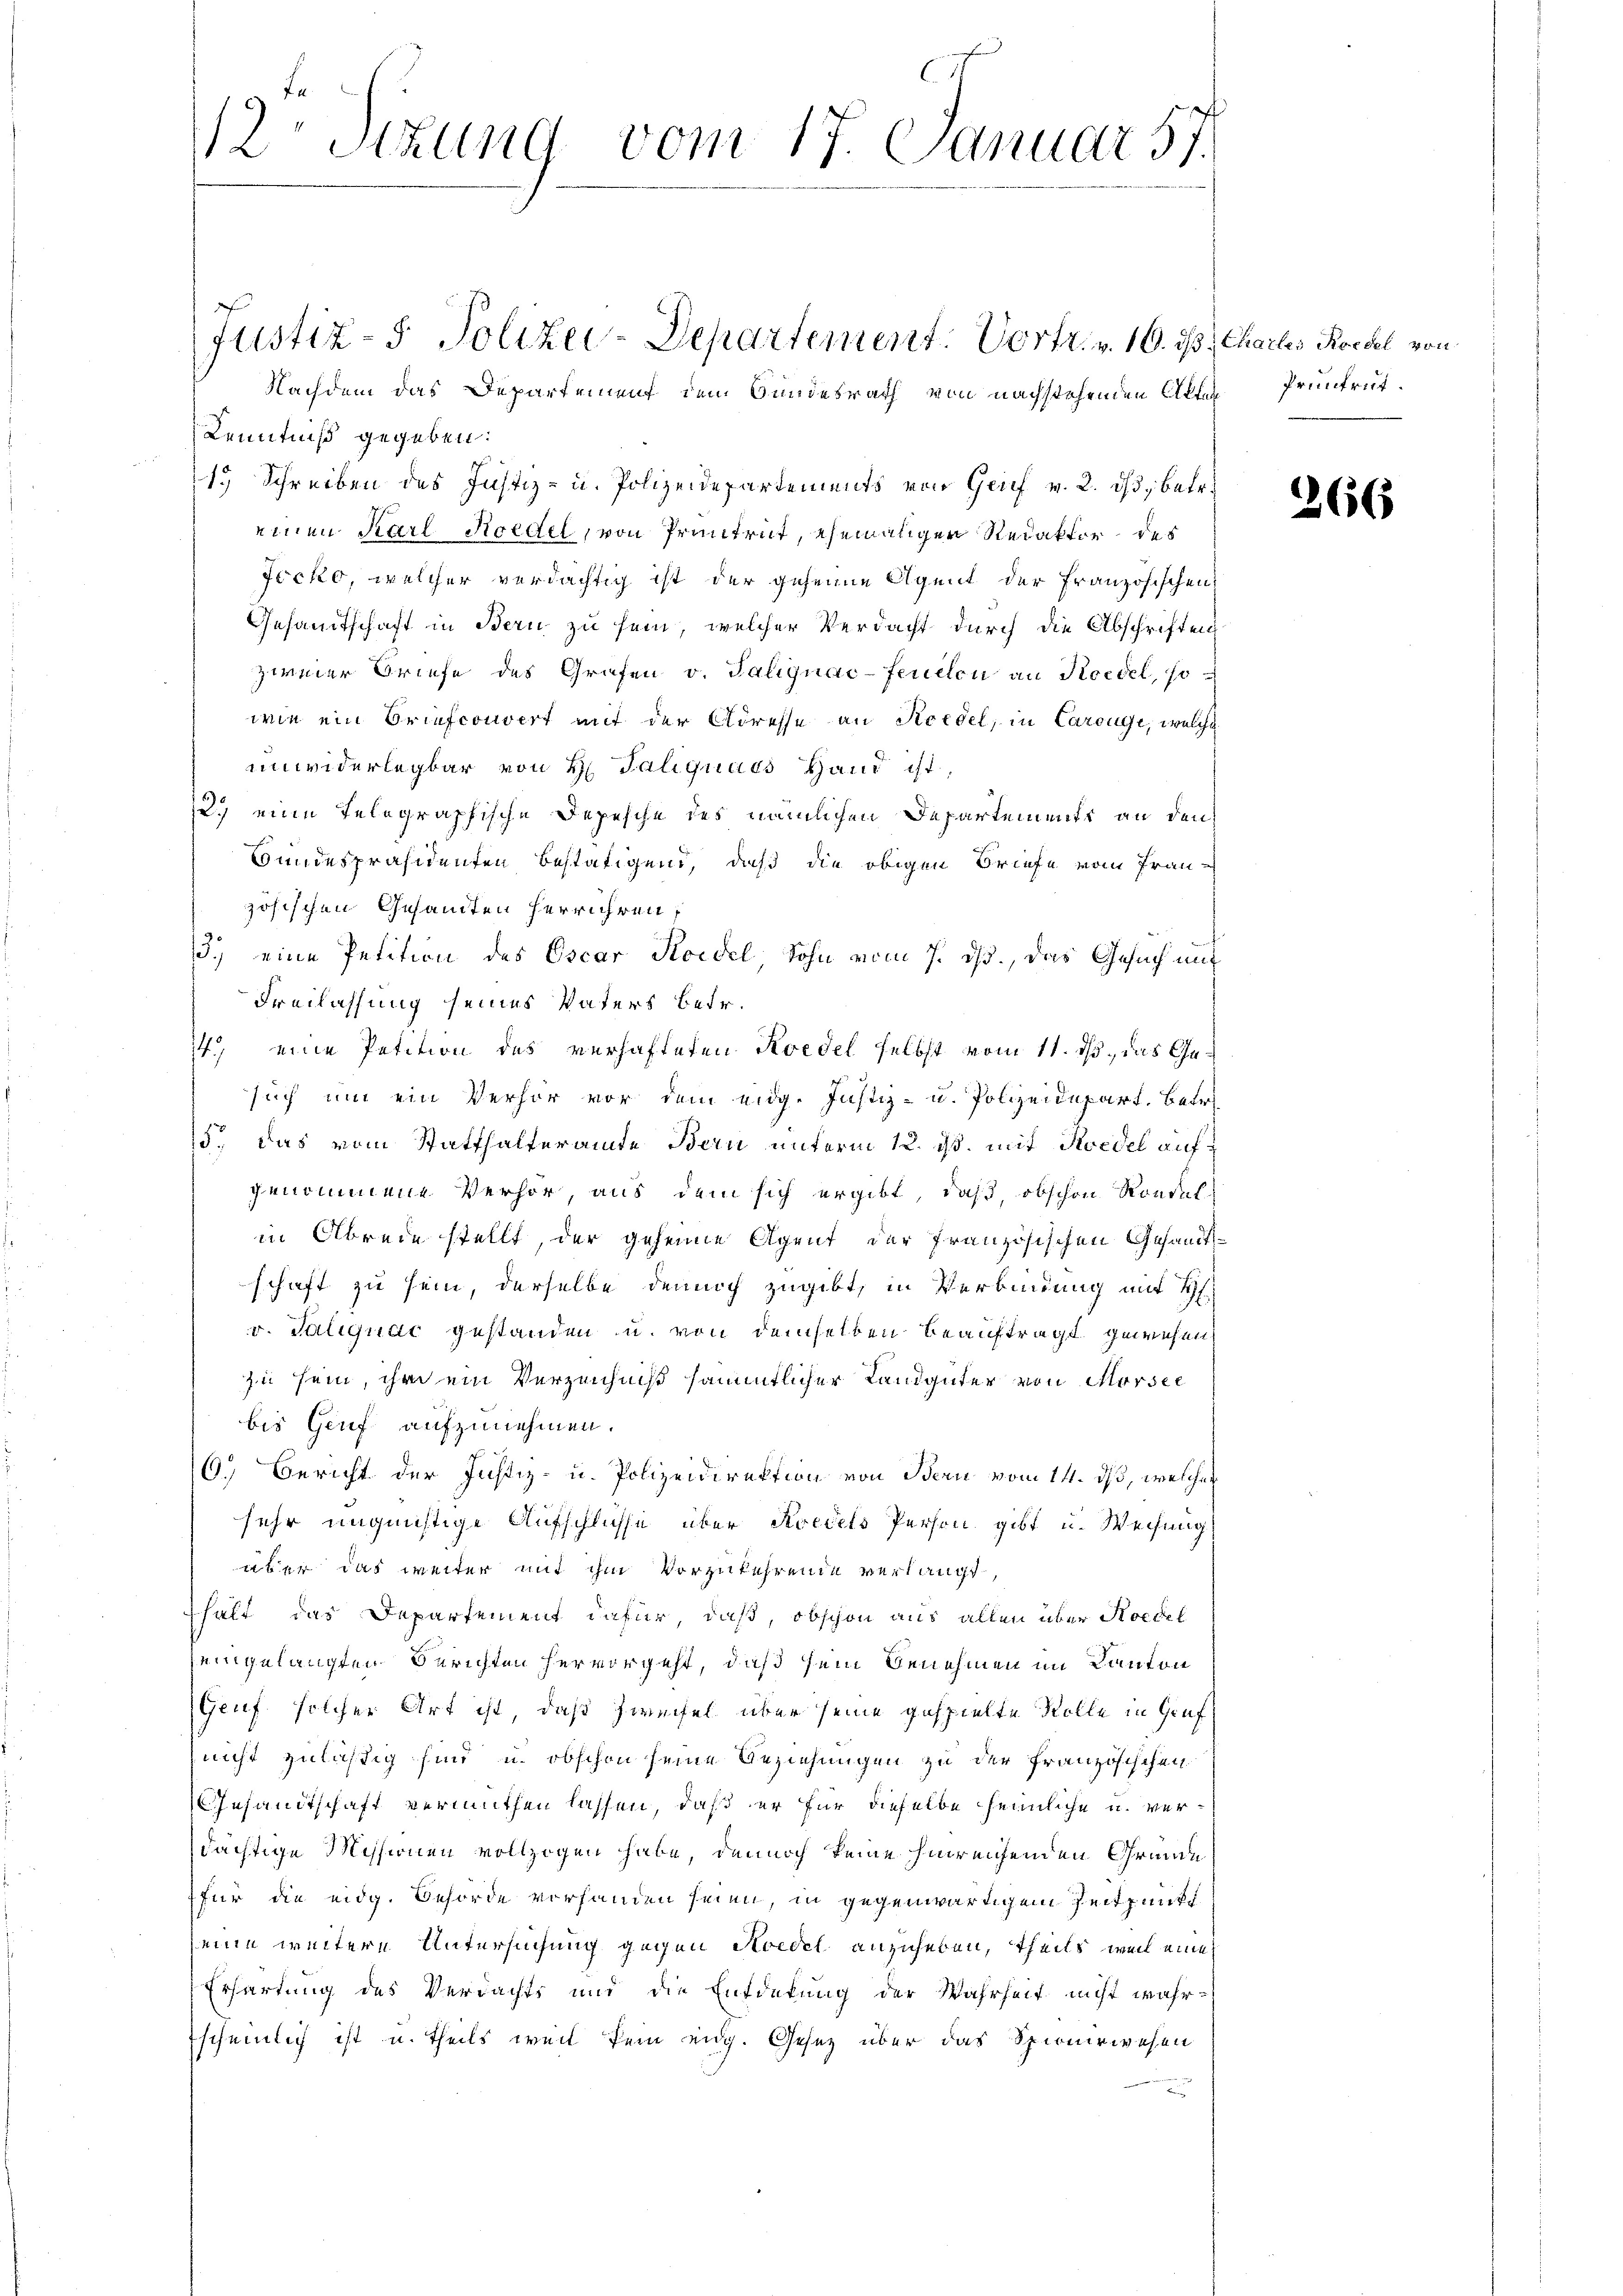
12 Stzung vom 17. Januar 57.

Kenntniß gegeben:
1.) Schreiben des Justiz- u. Polizeidepartements von Genf v. 2. ds, betr.
einen Karl Koedel, von Pruntrut, ehemaliger Redaktor des
Jöcko, welcher verdächtig ist der geheime Agent der Französischen
Gesandtschaft in Bern zu sein, welcher Verdacht durch die Abschriften
ziner Briefe des Grafen v. Talignac-fenclon an Koedel, so
wie ein Briefconvert mit der Adresse an Recedel, in Carouge, welche
unwiderlegbar von H. Taliquars Hand ist,
2.) eine Telegraphische Depesche des nämlichen Departements an den
Bundespräsidenten bestätigend, daß die obigen Briefe vom Französischen Gesamten herrühren,
3.) eine Petition des Oscar Koidel Sohn vom 7. ds., das Gesuch mit
Freilassung seines Vaters betr.
74 eine Petition des verhafteten Koedel selbst vom 11. ds., das Gesuch um ein Verhör vor dem eidg. Justiz- u. Polizeidepart. Betr.
15. Das vom Statthalteramte Bern unterm 12. ds. mit Koedel aufgenommene Verhör, aus dem sich ergibt, daß, obschon Rondelin Abrede stellt, der geheime Agent der Französischen Gesandtschaft zu sein, derselbe demich zugibt, in Verbindung mit 4
v. Taliquac gestanden u. von demselben beauftragt gewesen
zu sein, ihr ein Verzeichniß sämmtlicher Landgüter von Morsee
bis Genf aufzunehmen.
6.) Bericht der Justiz- u. Polizeidirektion von Bern vom 14. ds, welcher
sehr ungünstige Aufschlüsse über Kredels Person gibt u. Weisung
aber das weiter mit ihm vorzukehrende verlangt,
hält das Departement dafür, daß, obschon aus allen über Hoedel
seingelangten Berichten hervorgeht, daß sein Benehmen im Kanton
Geuf solcher Art ist, daß Zweifel über seine gespielte Rolle in Gruf¬
(nicht zuläßig sind u. obschon seine Beziehungen zu der französischen
Gesandtschaft vermuthen lassen, daß er für dieselbe heimliche u. verdächtige Missionen vollzogen habe, dennoch keine hinreichenden Gründe
für die eidg. Behörde vorhanden seien, in gegenwärtigem Zeitpunkt
seine weitere Untersuchung gegen Aoedel anzuheben, theils weil eine
Erhärtung des Verdachts und die Entdekung der Wahrheit nicht wahr-
Escheinlich ist u. theils weil sein eidg. Gesetz über das Spionirwesen

Justiz- Polizei-Departement. Vortr. v. 16. ds Charlis Kordel von
Nachdem das Departement dem Bundesrath von nachstehenden Akten

Prüntrut.

366